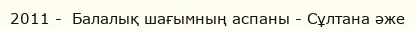
2011 -  Балалық шағымның аспаны - Сұлтана әже